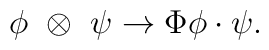
\phi~\otimes~\psi\rightarrow \Phi\phi\cdot\psi.